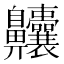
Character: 齉